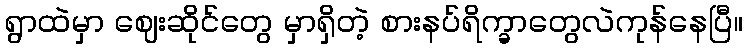
ရွာထဲမှာ ဈေးဆိုင်တွေ မှာရှိတဲ့ စားနပ်ရိက္ခာတွေလဲကုန်နေပြီ။